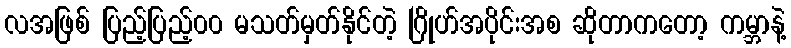
လအဖြစ် ပြည့်ပြည့်၀၀ မသတ်မှတ်နိုင်တဲ့ ဂြိုဟ်အပိုင်းအစ ဆိုတာကတော့ ကမ္ဘာနဲ့